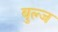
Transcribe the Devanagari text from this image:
बुल्ज